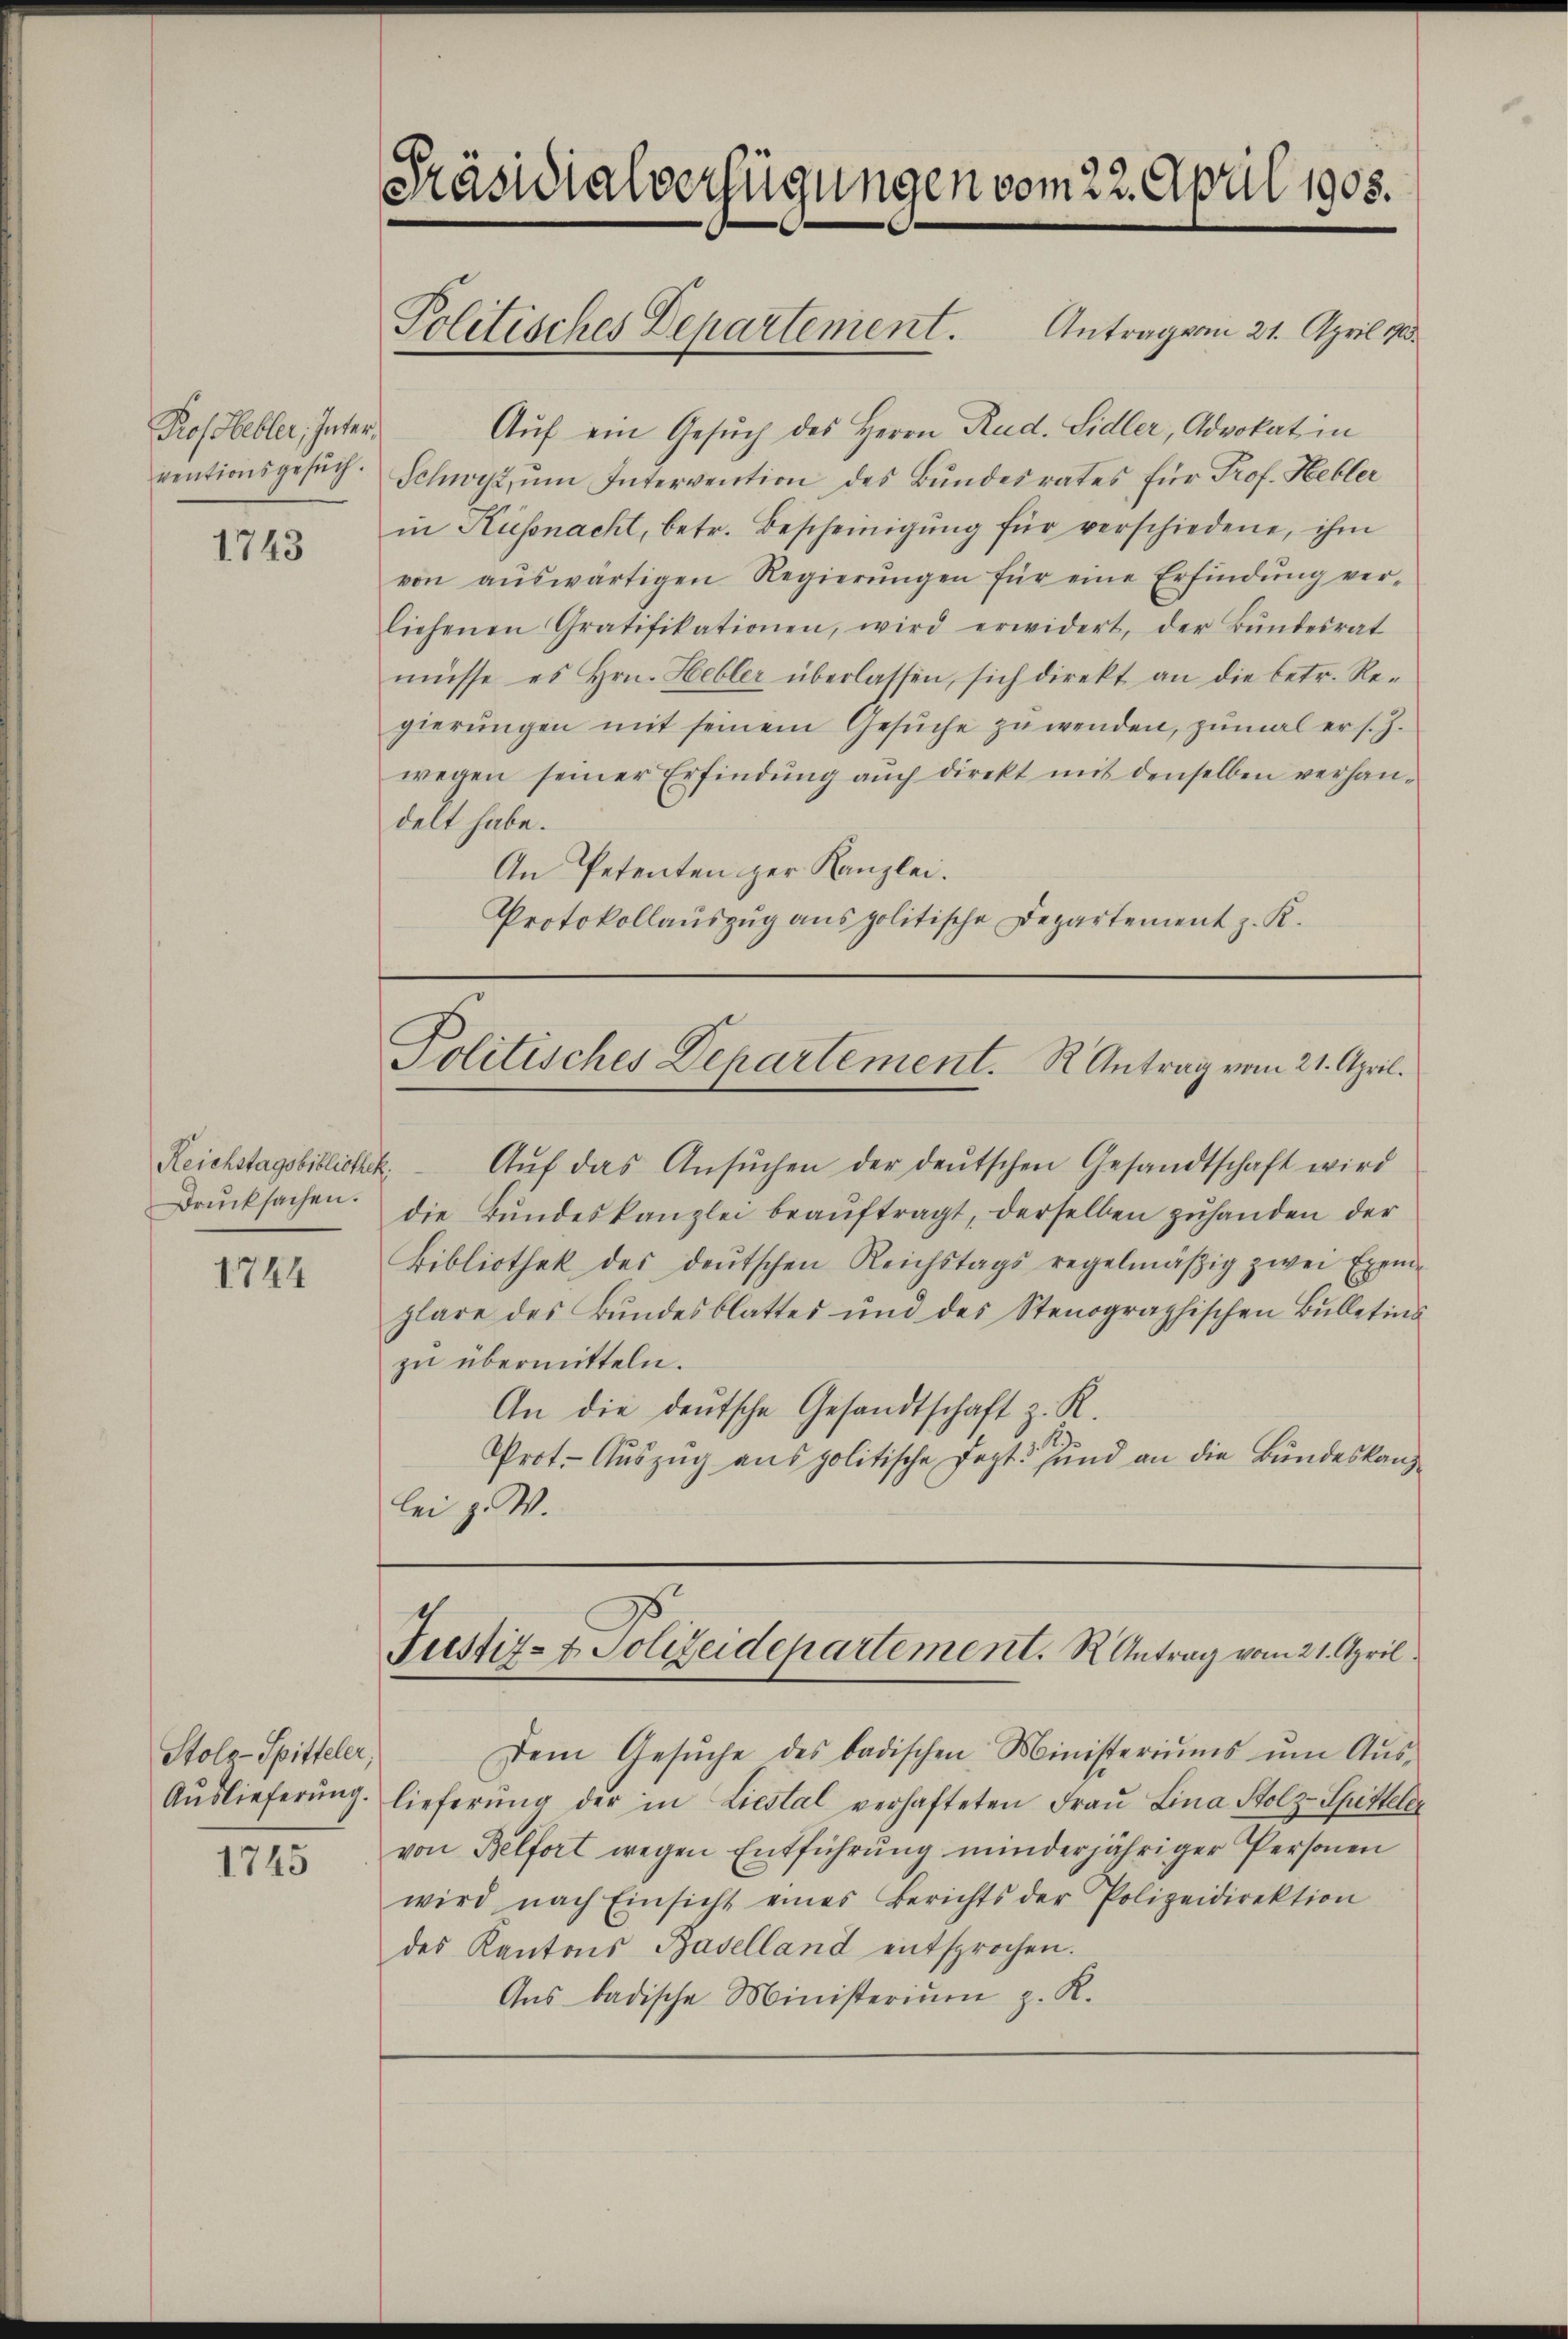
Prof bebler, Interventionsgesuch.

1743

Drŭcksachen.

1744

Stolz-Spitteler,
Auslieferung.
1745

Präsidialverfügungen vom 22. April 1905.
Politisches Departement. Antragen 21. April 188

Auf ein Gesuch des Herrn Rud. Sidler, Advokat in
Schwyz, ŭm Intervention des Bundesrates für Prof. Hebler
in Küssnacht, betr. Bescheinigŭng für verschiedene, ihm
von aŭswärtigen Regierŭngen für eine Erfindŭng ver-
liehenen Gratifikationen, wird erwidert, der Bŭndesrat
müsse es hrn. Hebler überlassen, sich direkt an die betr. Re-
gierŭngen mit seinem Gesŭche zŭ wenden, zŭmal er s. Z.
wegen seiner Erfindung auch direkt mit denselben verhandelt habe.
An Petenten zur Kanzlei.
Protokollauszug aus politische Departement z. K.

Politisches Departement. R. Antrag vom 21. April.

Reichstagsbibliothek. Aŭf das Ansŭchen der deŭtschen Gesandtschaft wird
die Bŭndeskanzlei beaŭftragt, derselben zuhanden der
Bibliothek des deŭtschen Reichstags regelmäßig zwei Exem-
plare des Bundesblattes und des Stenographischen Bulletins
zu übermitteln.
An die deutsche Gesandtschaft z. R.
Prot. Aŭszŭg ans politische Sept. und an die Bundeskanzlei z. W.

Justiz- & Polizeidepartement. R Antrag vom 21. April.

Dem Gesŭche des badischen Ministeriŭms ŭm Aŭs-
lieferŭng der in Liestal verhafteten Fraŭ Lina Stolz-Spitteler
von Belfort wegen Entführung minderjähriger Personen
wird nach Einsicht eines Berichts der Polizeidirektion
des Kantons Baselland entsprochen.
Ans badische Ministeriŭm z. K.